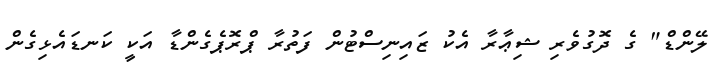
ލޭންޑް" ގެ ދޮގުވެރި ޝިޢާރާ އެކު ޒައިނިސްޓުން ފަތުރާ ޕްރޮޕެގެންޑާ އަކީ ކަނޑައެޅިގެން